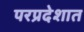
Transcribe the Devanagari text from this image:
परप्रदेशात